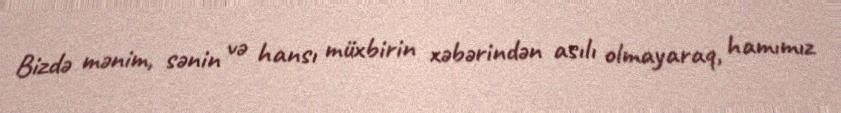
Bizdə mənim, sənin və hansı müxbirin xəbərindən asılı olmayaraq, hamımız